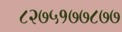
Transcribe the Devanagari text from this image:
८२७५१७७८७७